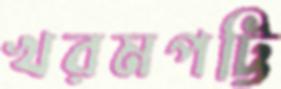
খরমপট্টি